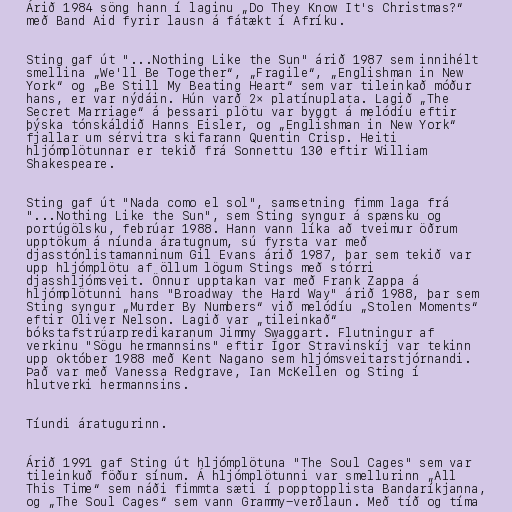
Árið 1984 söng hann í laginu „Do They Know It's Christmas?“
með Band Aid fyrir lausn á fátækt í Afríku.

Sting gaf út "...Nothing Like the Sun" árið 1987 sem innihélt
smellina „We'll Be Together“, „Fragile“, „Englishman in New
York“ og „Be Still My Beating Heart“ sem var tileinkað móður
hans, er var nýdáin. Hún varð 2× platínuplata. Lagið „The
Secret Marriage“ á þessari plötu var byggt á melódíu eftir
þýska tónskáldið Hanns Eisler, og „Englishman in New York“
fjallar um sérvitra skifarann Quentin Crisp. Heiti
hljómplötunnar er tekið frá Sonnettu 130 eftir William
Shakespeare.

Sting gaf út "Nada como el sol", samsetning fimm laga frá
"...Nothing Like the Sun", sem Sting syngur á spænsku og
portúgölsku, febrúar 1988. Hann vann líka að tveimur öðrum
upptökum á níunda áratugnum, sú fyrsta var með
djasstónlistamanninum Gil Evans árið 1987, þar sem tekið var
upp hljómplötu af öllum lögum Stings með stórri
djasshljómsveit. Önnur upptakan var með Frank Zappa á
hljómplötunni hans "Broadway the Hard Way" árið 1988, þar sem
Sting syngur „Murder By Numbers“ við melódíu „Stolen Moments“
eftir Oliver Nelson. Lagið var „tileinkað“
bókstafstrúarpredikaranum Jimmy Swaggart. Flutningur af
verkinu "Sögu hermannsins" eftir Ígor Stravinskíj var tekinn
upp október 1988 með Kent Nagano sem hljómsveitarstjórnandi.
Það var með Vanessa Redgrave, Ian McKellen og Sting í
hlutverki hermannsins.

Tíundi áratugurinn.

Árið 1991 gaf Sting út hljómplötuna "The Soul Cages" sem var
tileinkuð föður sínum. Á hljómplötunni var smellurinn „All
This Time“ sem náði fimmta sæti í popptopplista Bandaríkjanna,
og „The Soul Cages“ sem vann Grammy-verðlaun. Með tíð og tíma